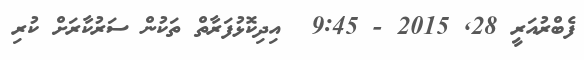
ފެބްރުއަރީ 28